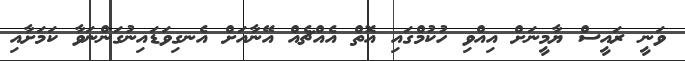
ވަނީ ރައީސް ޔާމީނަށް އިއްވި ހުކުމްގައި އޮތް އެއްޗެއް އޭނާއަށް އެނގިވަޑައިނުގަންނަވާ ކަމަށާއި